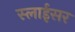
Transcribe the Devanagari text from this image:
स्‍लाईसर